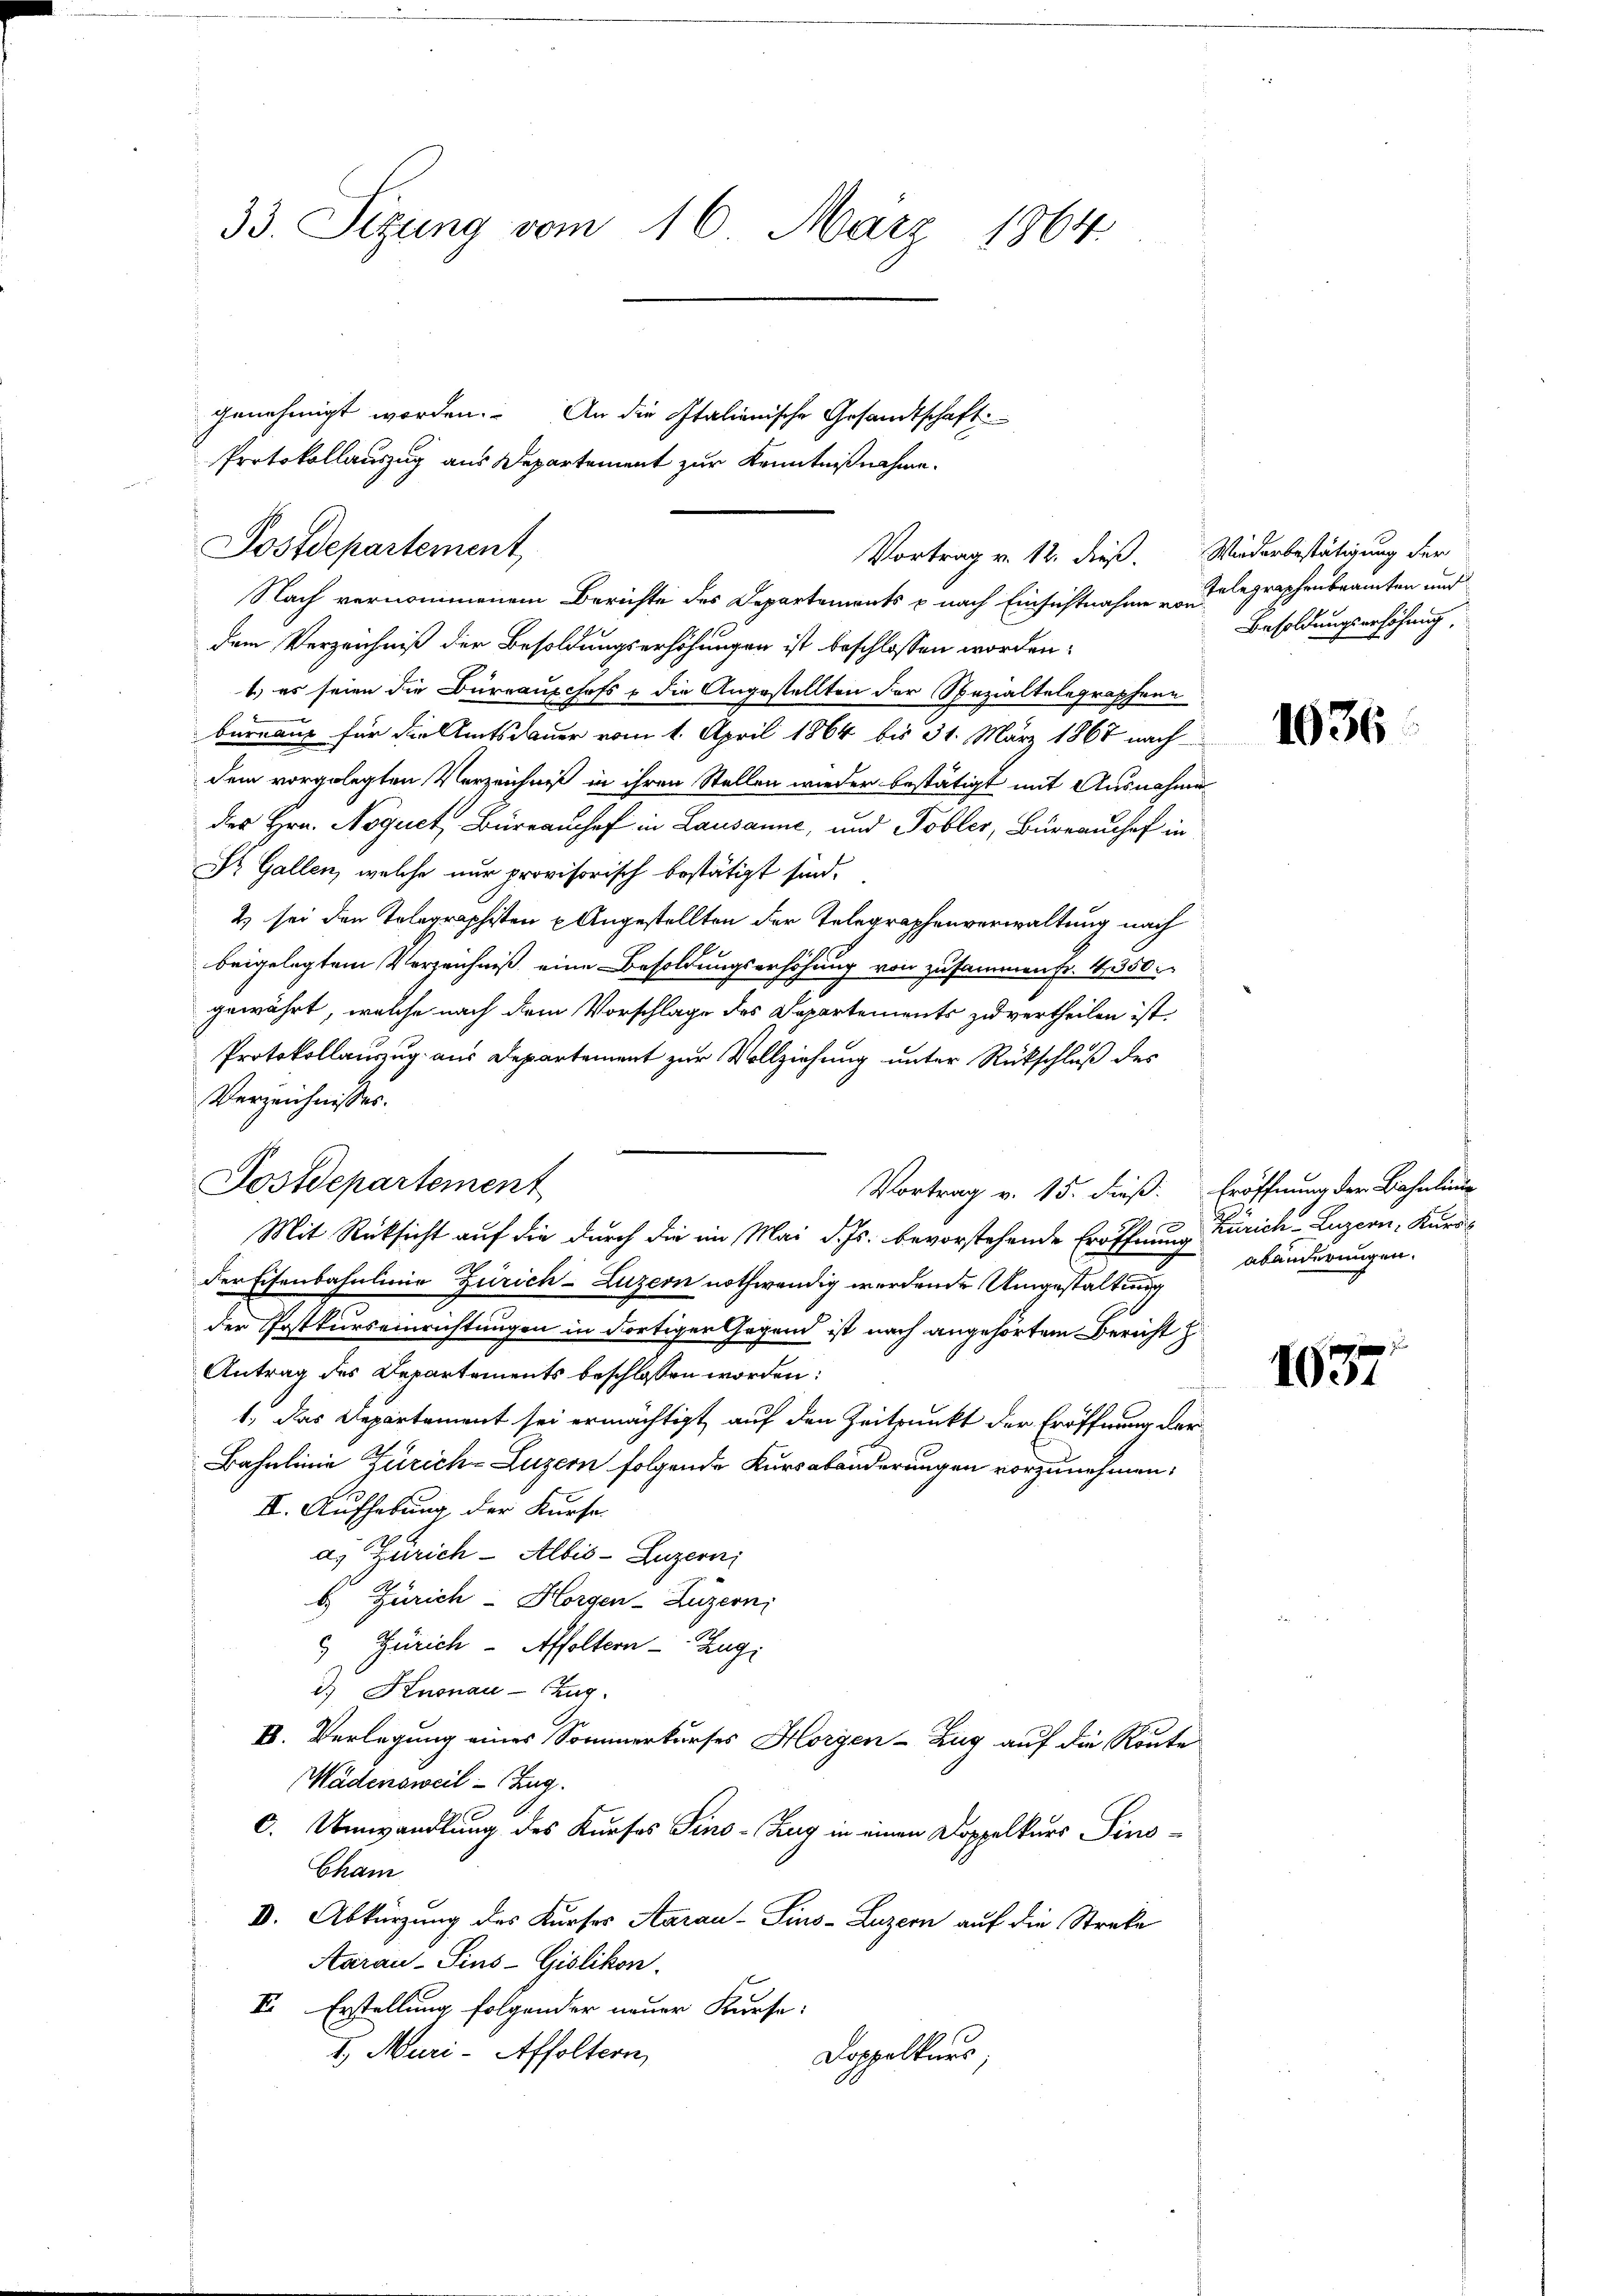
33. Sizung vom 16. März 1864.

Protokollauszug aus Departement zur Kenntnißnahme.
Postdepartement,
Vortrag v. 12. dieß. Wiederbestätigung der

Postdepartement

genehmigt worden. An die Italienische Gesandtschaft

Nach vernommenem Berichte des Departements p nach Einsichtnahme delegraphenbeamten und
dem Verzeichniß der Besoldungserhöhungen ist beschlossen worden,
1) es seien die Bürrauschofs, die Angestellten der Spezialtelegraphenn
bureaus für die Amtsdauer vom 1. April 1864 bis 31. März 1867 nach
dem vorgelegten Verzeichniß in ihren Stellen wieder bestätigt mit Ausnahme
des Hrn. Noquet, Büreaushof in Lausanne, und Tobler, Büreaushof in
Dr. Gallen, welche nur provisorisch bestätigt sind.
2) sei den Telegraphisten u Angestellten der Telegraphenverwaltung nach
beigelegtem Verzeichniß eine Besoldungserhöhung von zusammen Fr. 4, 350.
gewährt, welche nach dem Vorschlage des Departements zu vertheilen ist,
Protokollauszug aus Departement zur Vollziehung unter Rückschluß des
Verzeichnisses.
Vortrag v. 15. dieß:
Mit Rücksicht auf die durch die im Mai d. Js. bevorstehende Eröffnung Zürich–Luzern, Kuro
der Eisenbahnling Zürich-Luzern nothwendig werdende Umgestaltung
der Postkurseinrichtungen in dortiger Gegend ist nach angehörtem Bericht
Antrag des Departements beschlossen worden:
1.) Das Repartement sei ermächtigt, auf den Zeitpunkt der Eröffnung der
Bahnlinie Zürich-Luzern folgende Kursabänderungen vorzunehmen:
II. Aufhebung der Kurse
a. Zürich - Albis-Luzern;
b.) Zürich - Horgen-Luzern
 Zürich - Affoltern Zug,
is Knonau-Zug
II. Verlegung eines Sommerkurses Horgen-Zug auf die Route
Wädensweil - Zug.
c. Umwandlung des Kurses Sino-Zug in einen Doppelkurs Sins¬
Cham
I. Abkürzung des Kurses Aarau-Sins-Luzern auf die Streke
Aarau-Sins-Gislikon.
V. Erstellung folgender neuer Kurse:
1.) Muri-Affoltern,
Doppelkurs,

Besoldungserhöhung,

1636

Eröffnung der Bahnlin
abänderungen.

137